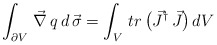
\begin{align*}\int_{\partial V}\,\vec{\nabla}\, q\,d\,\vec{\sigma} =\int_{V}\, tr\,\bigl(\vec{J}^{\dagger}\,\vec{J}\bigr)\, dV\end{align*}